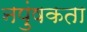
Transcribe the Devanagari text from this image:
नपुंषकता